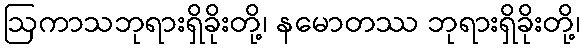
ဩကာသဘုရားရှိခိုးတို့၊ နမောတဿ ဘုရားရှိခိုးတို့၊